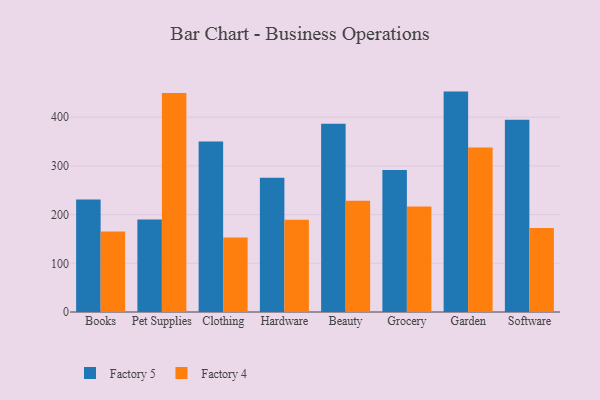
{"axis": {"x": "Category", "y": "Satisfaction Score"}, "legend": ["Factory 4", "Factory 5"], "data": [{"x": "Books", "y": 230.9, "type": "Factory 5"}, {"x": "Books", "y": 165.4, "type": "Factory 4"}, {"x": "Pet Supplies", "y": 190.2, "type": "Factory 5"}, {"x": "Pet Supplies", "y": 449.6, "type": "Factory 4"}, {"x": "Clothing", "y": 350.0, "type": "Factory 5"}, {"x": "Clothing", "y": 153.1, "type": "Factory 4"}, {"x": "Hardware", "y": 275.5, "type": "Factory 5"}, {"x": "Hardware", "y": 189.2, "type": "Factory 4"}, {"x": "Beauty", "y": 386.5, "type": "Factory 5"}, {"x": "Beauty", "y": 228.6, "type": "Factory 4"}, {"x": "Grocery", "y": 291.8, "type": "Factory 5"}, {"x": "Grocery", "y": 216.4, "type": "Factory 4"}, {"x": "Garden", "y": 452.6, "type": "Factory 5"}, {"x": "Garden", "y": 337.7, "type": "Factory 4"}, {"x": "Software", "y": 394.6, "type": "Factory 5"}, {"x": "Software", "y": 172.7, "type": "Factory 4"}]}